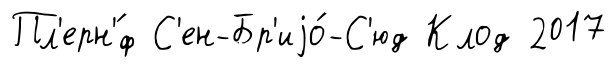
Пл'ерн'́ф С'ен-Бр'иjо́-С'юд Клод 2017